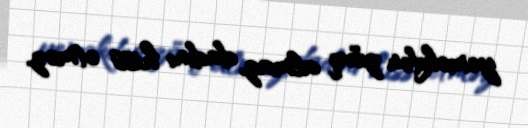
yeməkdən zövq almaz, dadını hiss etməz.